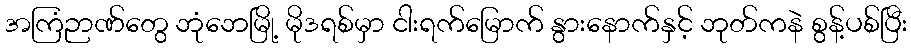
အကြံဉာဏ်တွေ ဘုံဘေမြို့ မိုဒရစ်မှာ ငါးရက်မြောက် နွားနောက်နှင့် ဘုတ်ကနဲ စွန့်ပစ်ပြီး